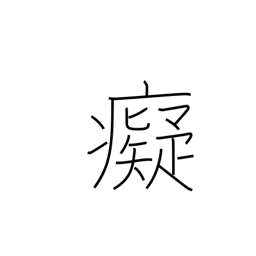
Meaning: foolish